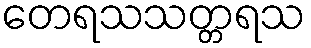
တေရသသတ္တရသ